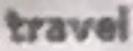
travel